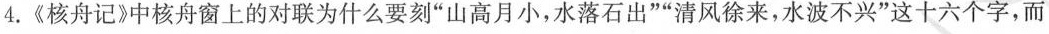
4. 《核舟记》中核舟窗上的对联为什么要刻”山高月小，水落石出””清风徐来，水波不兴”这十六个字，而